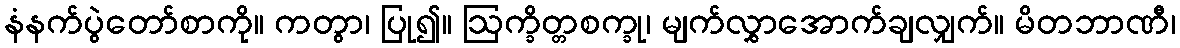
နံနက်ပွဲတော်စာကို။ ကတွာ၊ ပြု၍။ ဩက္ခိတ္တစက္ခု၊ မျက်လွှာအောက်ချလျှက်။ မိတဘာဏီ၊